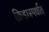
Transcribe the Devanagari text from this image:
क्रिडास्पर्धात